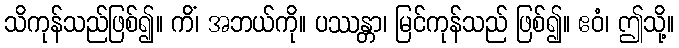
သိကုန်သည်ဖြစ်၍။ ကိံ၊ အဘယ်ကို။ ပဿန္တာ၊ မြင်ကုန်သည် ဖြစ်၍။ ဧဝံ၊ ဤသို့။